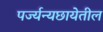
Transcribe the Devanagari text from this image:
पर्ज्यन्यछायेतील